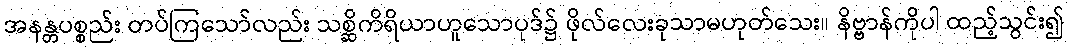
အနန္တပစ္စည်း တပ်ကြသော်လည်း သစ္ဆိကိရိယာဟူသောပုဒ်၌ ဖိုလ်လေးခုသာမဟုတ်သေး။ နိဗ္ဗာန်ကိုပါ ထည့်သွင်း၍